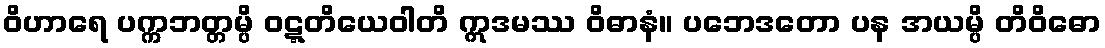
ဝိဟာရေ ပက္ကဘတ္တမ္ပိ ဝဋ္ဋတိယေဝါတိ ဣဒမဿ ဝိဓာနံ။ ပဘေဒတော ပန အယမ္ပိ တိဝိဓော